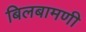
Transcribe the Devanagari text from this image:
बिलबामणी